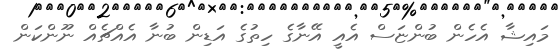
މައިޝާ އެހެން ބުންޏަސް އެއީ އޭނާގެ ހިތުގެ އަޑިން ބުނާ އެއްޗެއް ނޫންކަން